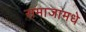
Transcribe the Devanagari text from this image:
समाजामधे